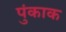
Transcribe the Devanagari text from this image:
पुंकाक